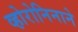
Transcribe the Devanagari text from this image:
व्होरोनिनाने